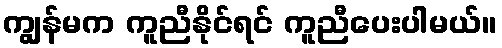
ကျွန်မက ကူညီနိုင်ရင် ကူညီပေးပါမယ်။